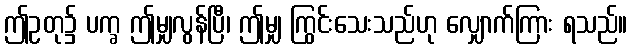
ဤဥတု၌ ပက္ခ ဤမျှလွန်ပြီ၊ ဤမျှ ကြွင်းသေးသည်ဟု လျှောက်ကြား ရသည်။